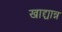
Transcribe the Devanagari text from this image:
खाद्द्यान्न